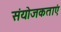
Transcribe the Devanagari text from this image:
संयोजकताएं